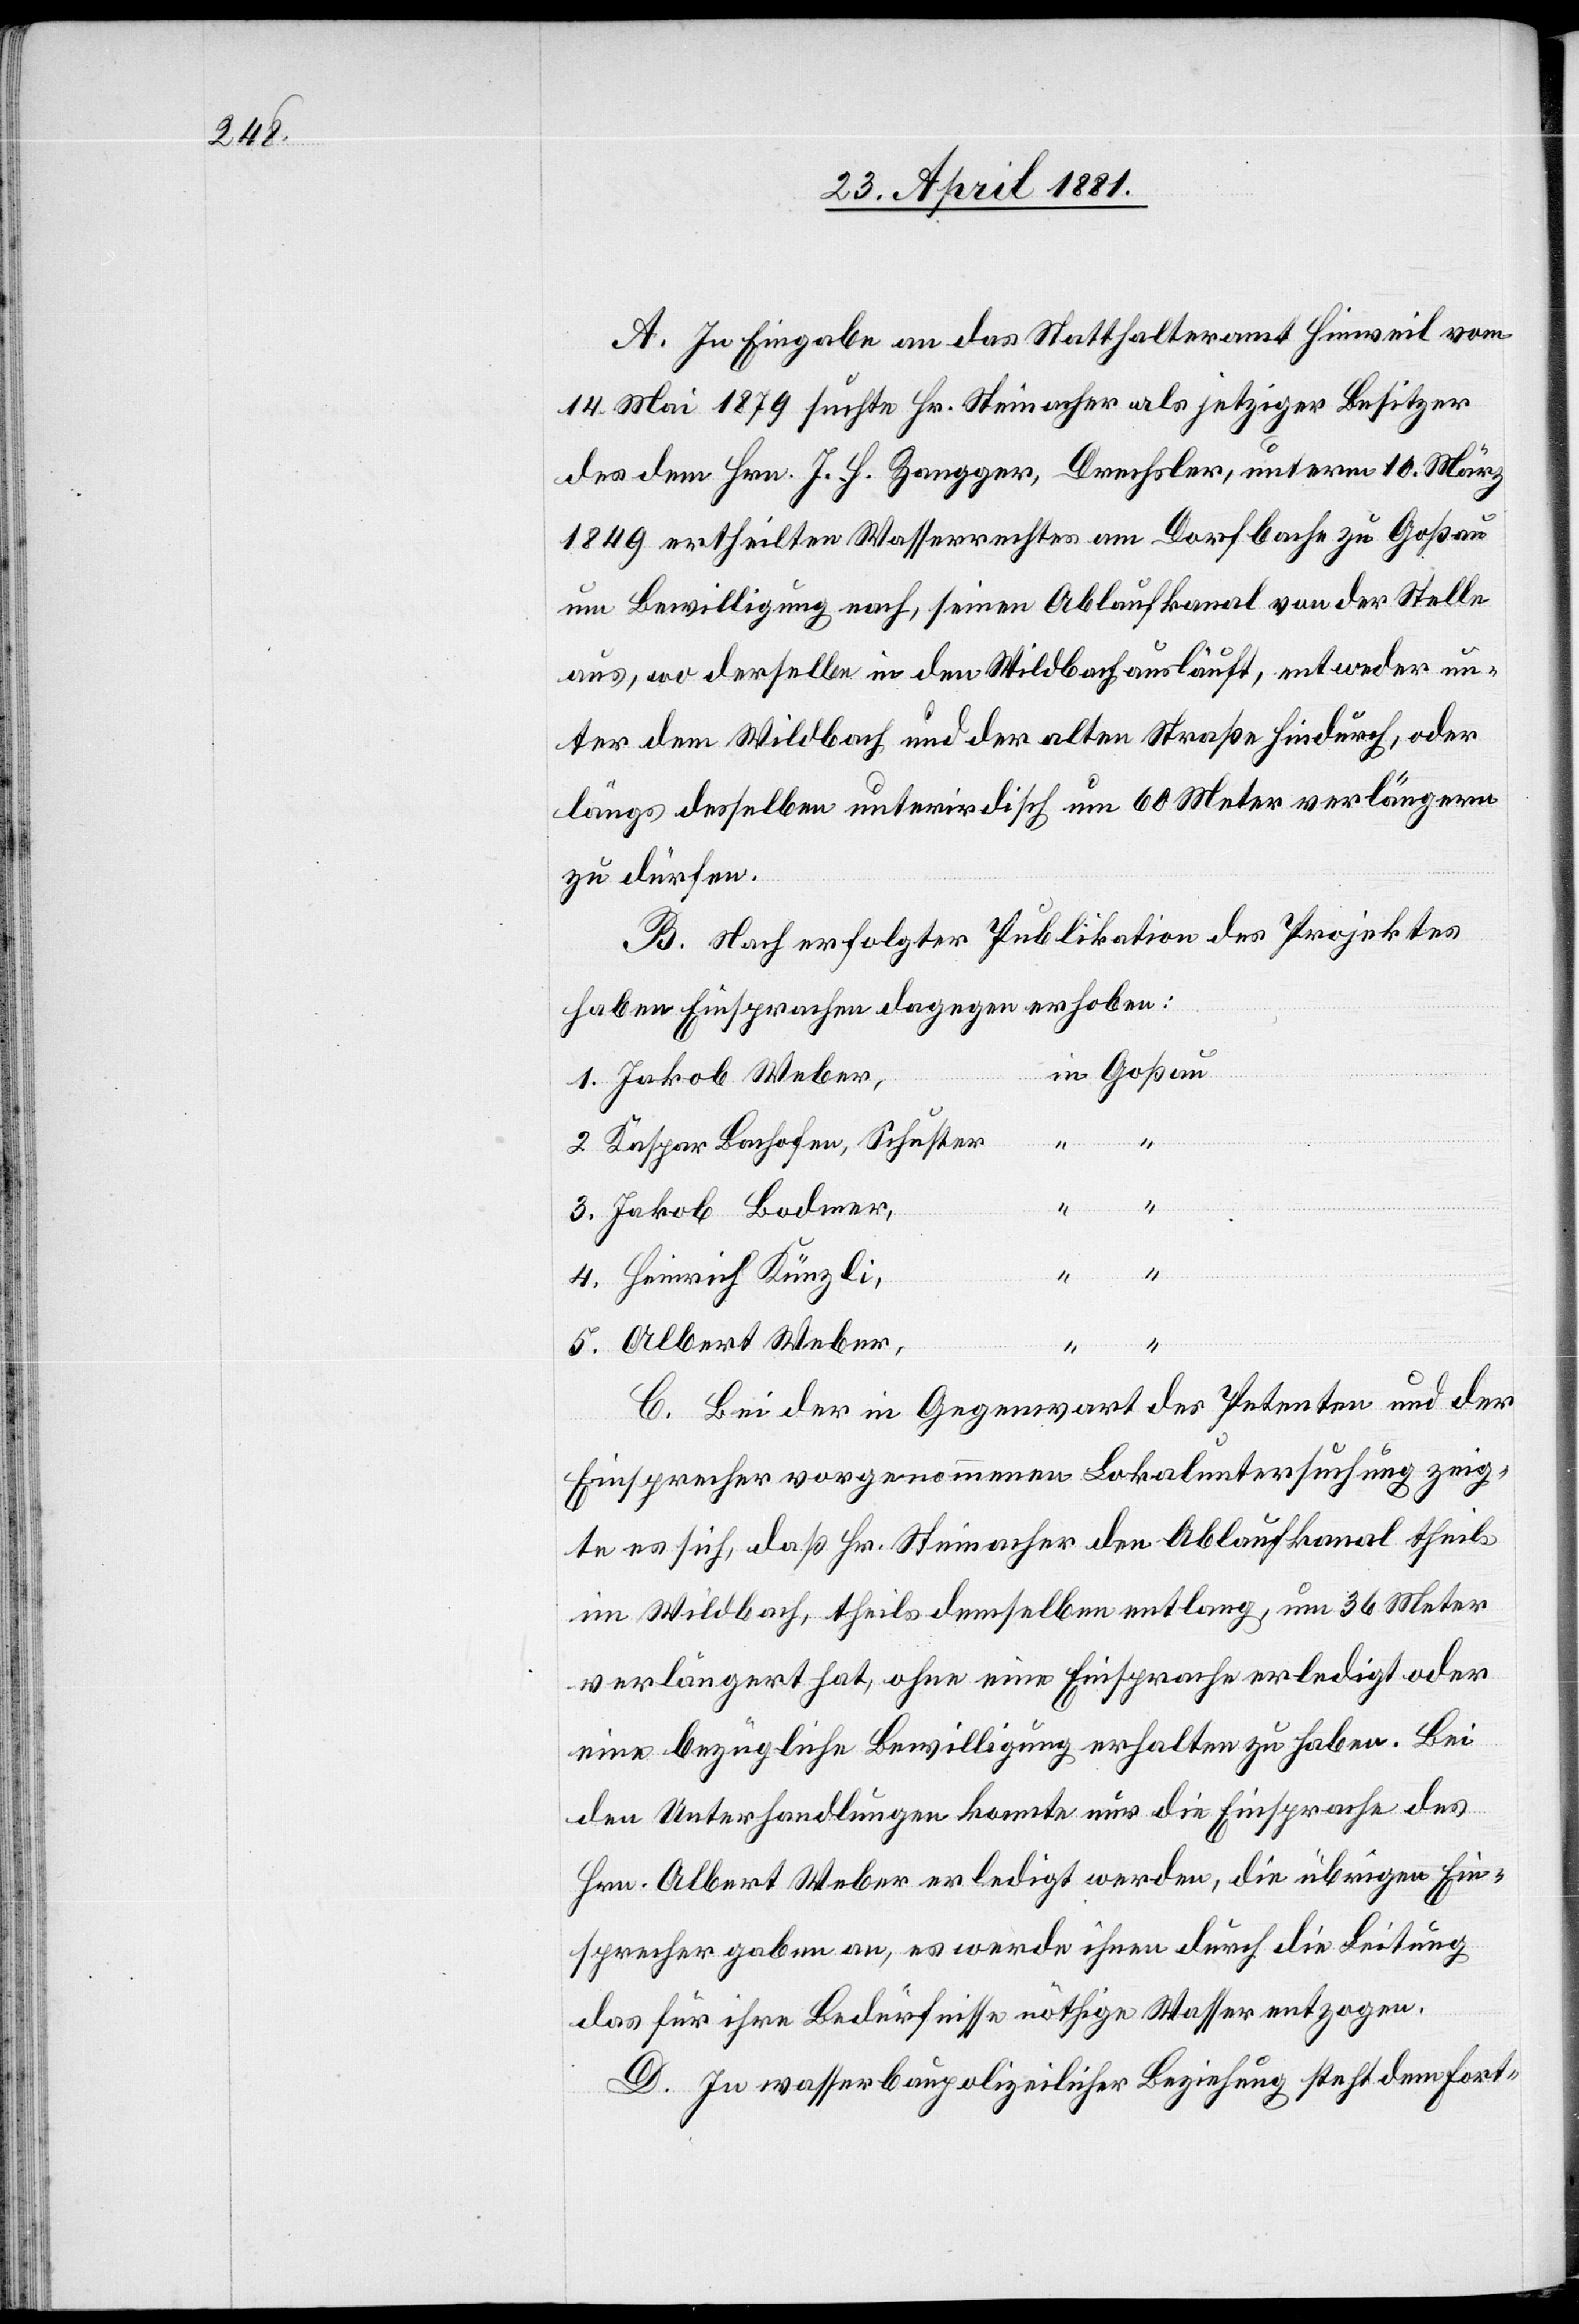
A. In Eingabe an das Statthalteramt Hinweil vom
14. Mail 1879 suchte Hr. Steinacher als jetziger Besitz¬
er dem Hrn. J. H. Zangger, Drechsler, unterm 10. März
1849 ertheilten Wasserrechten am Dorfbach zu Goßau
um Bewilligung nach, seinen Ablaufkanal von der Stelle
aus, wo derselbe in den Wildbach ausläuft, entweder un¬
ter dem Wildbach und der alten Straße hindurch, oder
längs desselben unterirdisch um 60 Meter verlängern
zu dürfen.
B. Nach erfolgter Publikation des Projektes
haben Einsprachen dagegen erhoben:
1. Jakob Weber,
Schuster
“
“
3. Jakob Bodmer,
4. Heinrich Künzli,
5. Albert Weber,
C. Bei der in Gegenwart der Petenten und der
Einsprecher vorgenommenen Lokaluntersuchungen zeig¬
te sich, daß Hr. Steinacher den Ablaufkanal theils
im Wildbach, theils demselben entlang, um 36 Meter
verlängert hat, ohne eine Einsprache erledigt oder
eine bezügliche Bewilligung erhalten zu haben. Bei
den Unterhandlungen konnte nur die Einsprache des
Hrn. Albert Weber erledigt werden, die übrigen Ein¬
sprecher geben an, es werde ihnen durch die Leitung
das für ihre Bedürfnisse nöthige Wasser entzogen.
D. In wasserbaupolizeilicher Beziehung steht dem Fort-